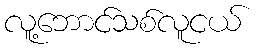
လူ့ဘောင်သစ်လူငယ်